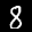
Label: 8